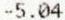
-5.04